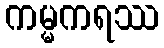
ကမ္မကရဿ